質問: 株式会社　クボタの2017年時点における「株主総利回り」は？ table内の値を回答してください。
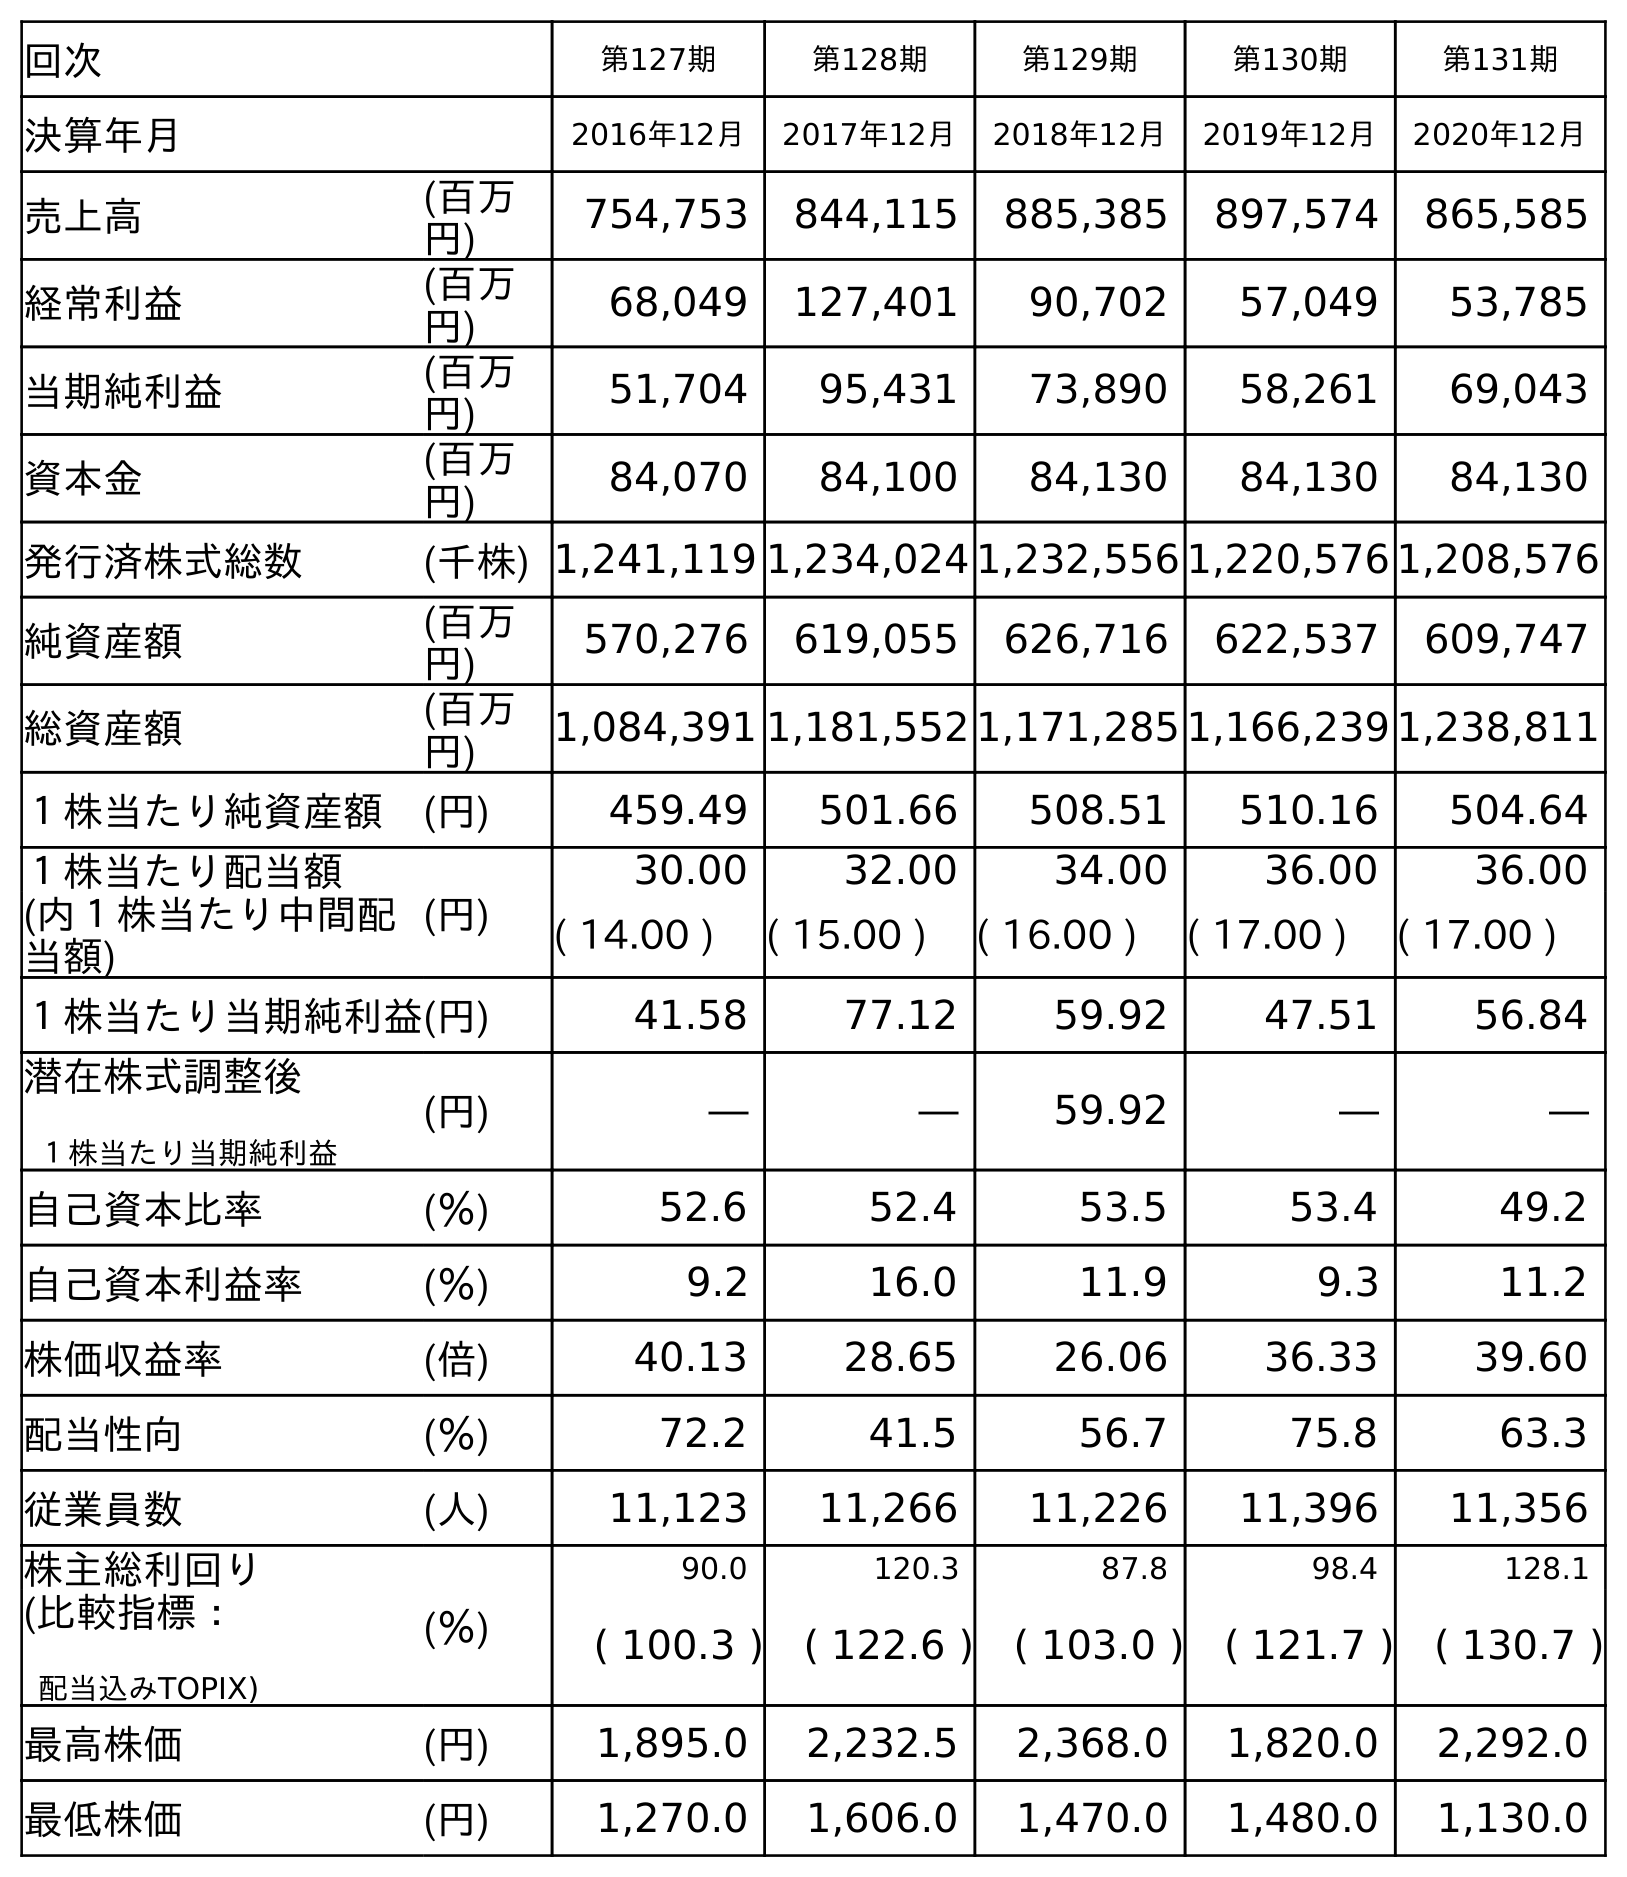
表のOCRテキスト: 回次 第127期 第128期 第129期 第130期 第131期 決算年月 2016年12月 2017年12月 2018年12月 2019年12月 2020年12月 売上高 (百万 円) 754,753 844,115 885,385 897,574 865,585 経常利益 (百万 円) 68,049 127,401 90,702 57,049 53,785 当期純利益 (百万 円) 51,704 95,431 73,890 58,261 69,043 資本金 (百万 円) 84,070 84,100 84,130 84,130 84,130 発行済株式総数 (千株) 1,241,119 1,234,024 1,232,556 1,220,576 1,208,576 純資産額 (百万 円) 570,276 619,055 626,716 622,537 609,747 総資産額 (百万 円) 1,084,391 1,181,552 1,171,285 1,166,239 1,238,811 １株当たり純資産額 (円) 459.49 501.66 508.51 510.16 504.64 １株当たり配当額 (円) 30.00 32.00 34.00 36.00 36.00 (内１株当たり中間配 当額) ( 14.00 ) ( 15.00 ) ( 16.00 ) ( 17.00 ) ( 17.00 ) １株当たり当期純利益(円) 41.58 77.12 59.92 47.51 56.84 潜在株式調整後 １株当たり当期純利益 (円) ― ― 59.92 ― ― 自己資本比率 (％) 52.6 52.4 53.5 53.4 49.2 自己資本利益率 (％) 9.2 16.0 11.9 9.3 11.2 株価収益率 (倍) 40.13 28.65 26.06 36.33 39.60 配当性向 (％) 72.2 41.5 56.7 75.8 63.3 従業員数 (人) 11,123 11,266 11,226 11,396 11,356 株主総利回り (％) 90.0 120.3 87.8 98.4 128.1 (比較指標： 配当込みTOPIX) ( 100.3 ) ( 122.6 ) ( 103.0 ) ( 121.7 ) ( 130.7 ) 最高株価 (円) 1,895.0 2,232.5 2,368.0 1,820.0 2,292.0 最低株価 (円) 1,270.0 1,606.0 1,470.0 1,480.0 1,130.0
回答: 120.3